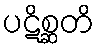
ပဋိစ္ဆတိ